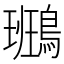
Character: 𪄕